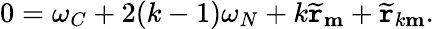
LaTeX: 0=\omega_{C}+2(k-1)\omega_{N}+k\widetilde{\mathtt{r}}_{\mathbf{m}}+\widetilde{\mathtt{r}}_{k\mathbf{m}}.